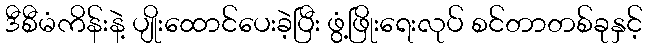
ဒီစီမံကိန်းနဲ့ ပျိုးထောင်ပေးခဲ့ပြီး ဖွံ့ဖြိုးရေးလုပ် စင်တာတစ်ခုနှင့်